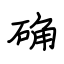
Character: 确